Civil Veterinary Department Bihar & Orissa reports 1911-21 - 1911-1921
Year: 1911
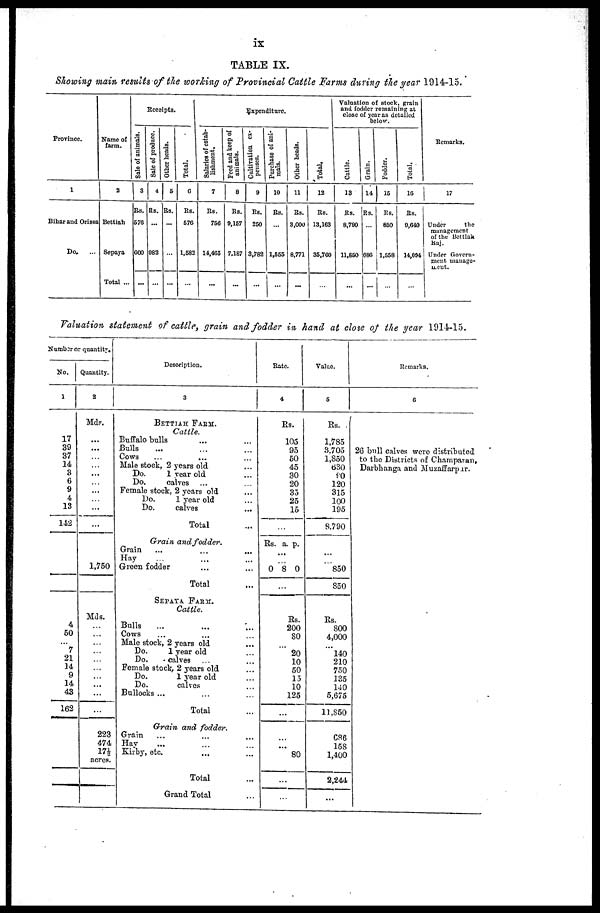
ix
TABLE IX.
Showing main results of the working of Provincial Cattle Farms during the year 1914-15.
Province.
1
Bihar and Orissa
Do. ...
Name of
farm.
2
Bettiah
Sepaya
Total ...
Receipts.
Sale
of animals.
3
Rs.
576
600
...
Sale of produce.
4
Rs.
...
082
...
Other heads.
5
Rs.
...
...
Total.
6
Rs.
576
1,582
...
Expenditure.
Salaries of estab-
lishment.
7
Rs.
750
14,465
...
Feed and keep of
animals.
8
Rs.
9,157
7,187
...
Cultivation ex-
penses.
9
Rs.
250
3,782
...
Purchase of ani-
mals.
10
Rs.
...
1,555
...
Other heads.
11
Rs.
3,000
8,771
...
Total.
12
Rs.
13,163
35,760
...
Valuation of stock, grain
and fodder remaining at
close of year as detailed
below.
Cattle.
13
Rs.
8,790
11,650
...
Grain.
14
Rs.
...
080
...
Fodder.
15
Rs.
850
1,558
...
Total.
10
Rs.
9,640
14,004
...
Remarks.
17
Under
the
management
of the Bettiak
Raj.
Under Govern-
ment manage-
ment.
Valuation statement of cattle, grain and fodder in hand at close of the year 1914-15.
Number or quantity.
No.
1
17
39
37
14
3
6
9
4
13
142
4
50
…
7
21
14
9
14
43
162
Quantity.
2
Mds.
...
...
...
...
...
...
...
...
...
...
1,750
Mds.
…
…
…
…
…
…
…
….
…
…...
223
474
17½
acres.
Description.
3
BETTIAH FARM.
Cattle.
Buffalo bulls ... ...
Bulls ... ...
Cows ... ...
Male stock, 2 years old ...
Do.
1 year old ...
Do.
calves ...
Female stock, 2 years old ...
Do.
1 year old ...
Do.
calves ...
Total ...
Grain and fodder.
Grain … … … …
Hay
...
...
...
Green fodder
Total ...
SEPAYA FARM.
Cattle.
Bulls ... ... ...
Cows ... ... ...
Male stock, 2 years old ...
Do.
1 year old ...
Do.
calves ... ...
Female stock, 2 years old ...
Do.
1 year old ...
Do.
calves ...
Bullocks ... ... ...
Total ...
Grain and fodder.
Grain ... ... ...
Hay ... ... ...
Kirby, etc.
... ...
Total ...
Grand Total ...
Rate.
4
Rs.
105
95
50
45
30
20
35
25
15
...
Rs. a. p.
...
… 0 8 0
...
Rs.
200
80
...
20
10
50
15
10
125
...
...
...
80
...
...
Value.
5
Rs.
1,785
8.705
1,850
630
90
120
315
100
195
8.790
...
850 850
850
Rs.
800
4,000
...
140
210
750
135
140
5,675
11,850
686
158
1,400
2,244
...
Remarks.
6
26 bull calves were distributed
to the Districts of Champaran,
Darbhanga and Muzaffarpar.